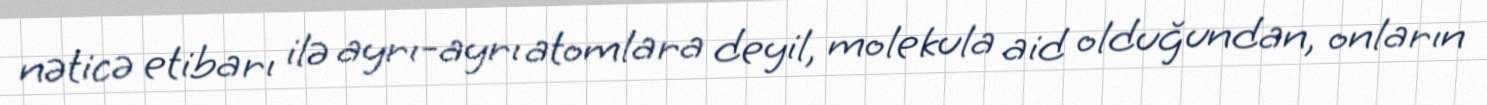
nəticə etibarı ilə ayrı-ayrı atomlara deyil, molekula aid olduğundan, onların